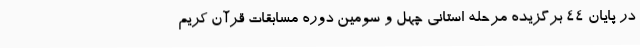
در پایان 44 برگزیده مرحله استانی چهل و سومین دوره مسابقات قرآن کریم